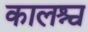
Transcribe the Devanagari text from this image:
कालश्च